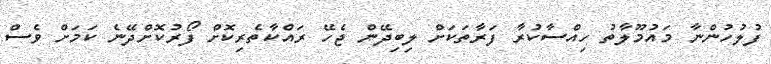
ފުލުހުންނާ މައުމޫލާތު ހިއްސާކުރާ ފަރާތަކަށް ލިބިދޭން ޖެހޭ ރައްކާތެރިކޮށް ފޯރުކޮށްދޭނެ ކަމަށް ވެސް